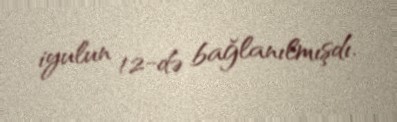
iyulun 12-də bağlanılmışdı.